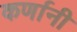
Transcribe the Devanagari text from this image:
कर्णानी